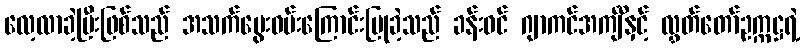
လေ့လာခဲ့ပြီးဖြစ်သည် အသက်မွေးဝမ်းကြောင်းပြုခဲ့သည် ခန်းဝင် ဂျာကင်အင်္ကျီနှင့် လွှတ်တော်ဥက္ကဋ္ဌရဲ့